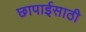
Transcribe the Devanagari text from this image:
छापाईसाठी